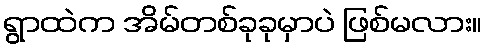
ရွာထဲက အိမ်တစ်ခုခုမှာပဲ ဖြစ်မလား။